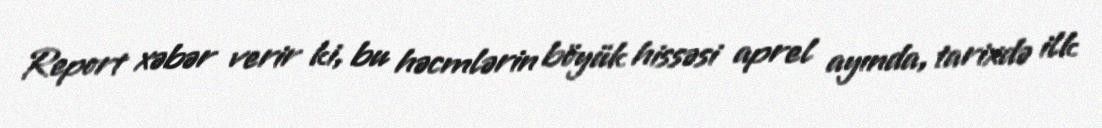
Report xəbər verir ki, bu həcmlərin böyük hissəsi aprel ayında, tarixdə ilk